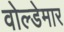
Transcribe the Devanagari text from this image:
वोल्डेमार